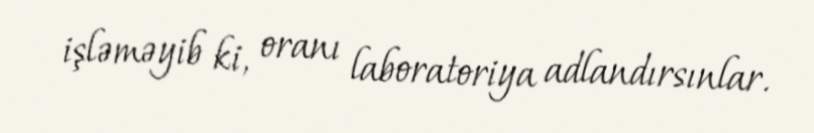
işləməyib ki, oranı laboratoriya adlandırsınlar.